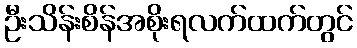
ဦးသိန်းစိန်အစိုးရလက်ထက်တွင်